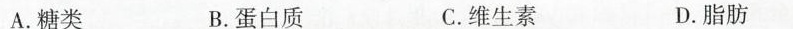
A.糖类 B.蛋白质 C.维生素 D.脂肪